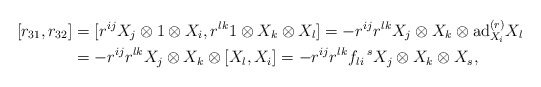
\begin{align*}[r_{31},r_{32}]&=[r^{ij}X_{j}\otimes 1\otimes X_{i},r^{lk}1\otimes X_{k}\otimes X_{l}]=-r^{ij}r^{lk}X_{j}\otimes X_{k}\otimes \mathrm{ad}^{(r)}_{X_{i}}X_{l}\\&=- r^{ij}r^{lk}X_{j}\otimes X_{k}\otimes [X_{l},X_{i}]=-r^{ij}r^{lk}f_{li}\,^{s}X_{j}\otimes X_{k}\otimes X_{s},\end{align*}